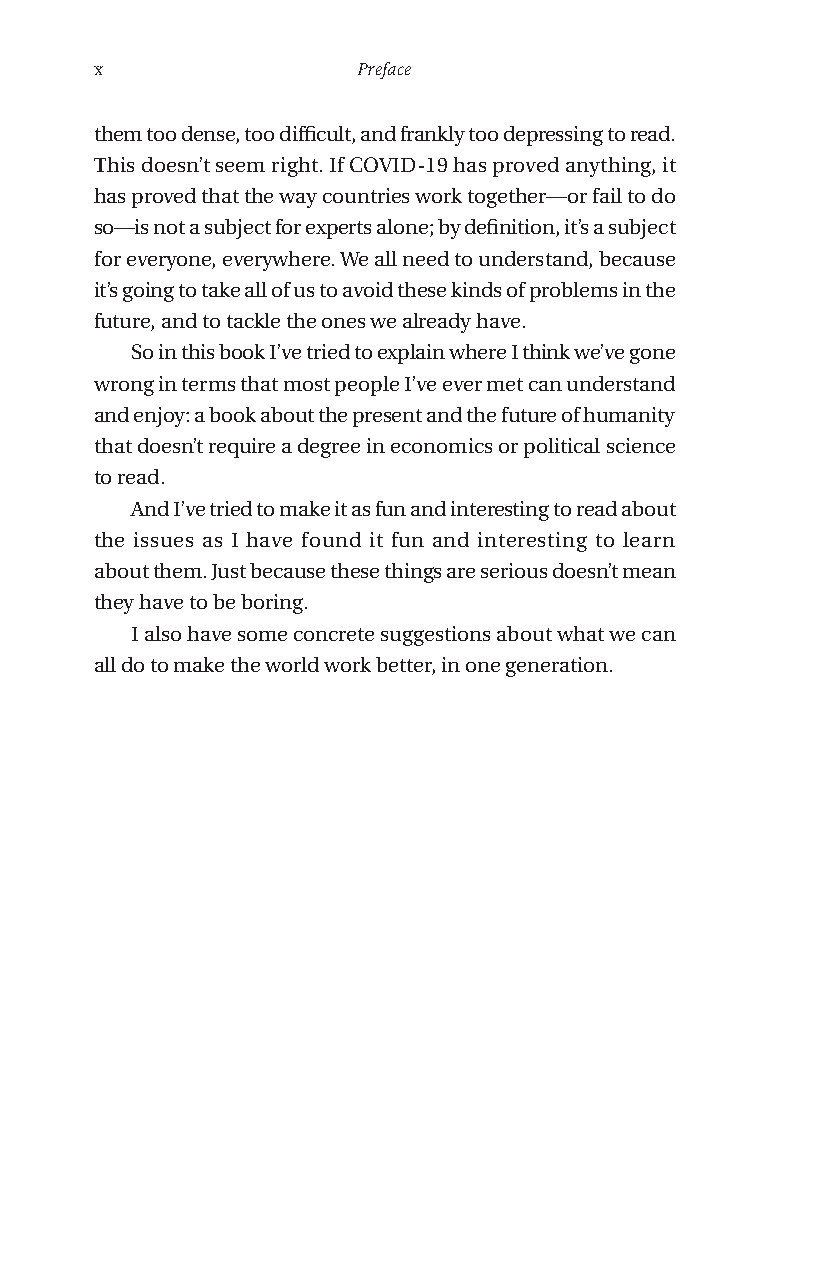
x                 Preface
 them too dense, too difficult, and frankly too depressing to read.
 This doesn’t seem right. If COVID-19 has proved anything, it
 has proved that the way countries work together—or fail to do
 so—is not a subject for experts alone; by definition, it’s a subject
 for everyone, everywhere. We all need to understand, because
 it’s going to take all of us to avoid these kinds of problems in the
 future, and to tackle the ones we already have.
 So in this book I’ve tried to explain where I think we’ve gone
 wrong in terms that most people I’ve ever met can understand
 and enjoy: a book about the present and the future of humanity
 that doesn’t require a degree in economics or political science
 to read.
 And I’ve tried to make it as fun and interesting to read about
 the issues as I have found it fun and interesting to learn
 about them. Just because these things are serious doesn’t mean
 they have to be boring.
 I also have some concrete suggestions about what we can
 all do to make the world work better, in one generation.